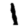
Digit: 1